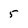
Character: 5